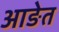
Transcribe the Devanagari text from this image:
आङेत